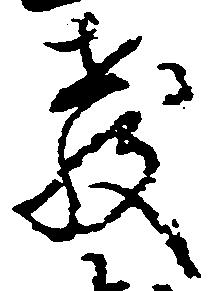
教